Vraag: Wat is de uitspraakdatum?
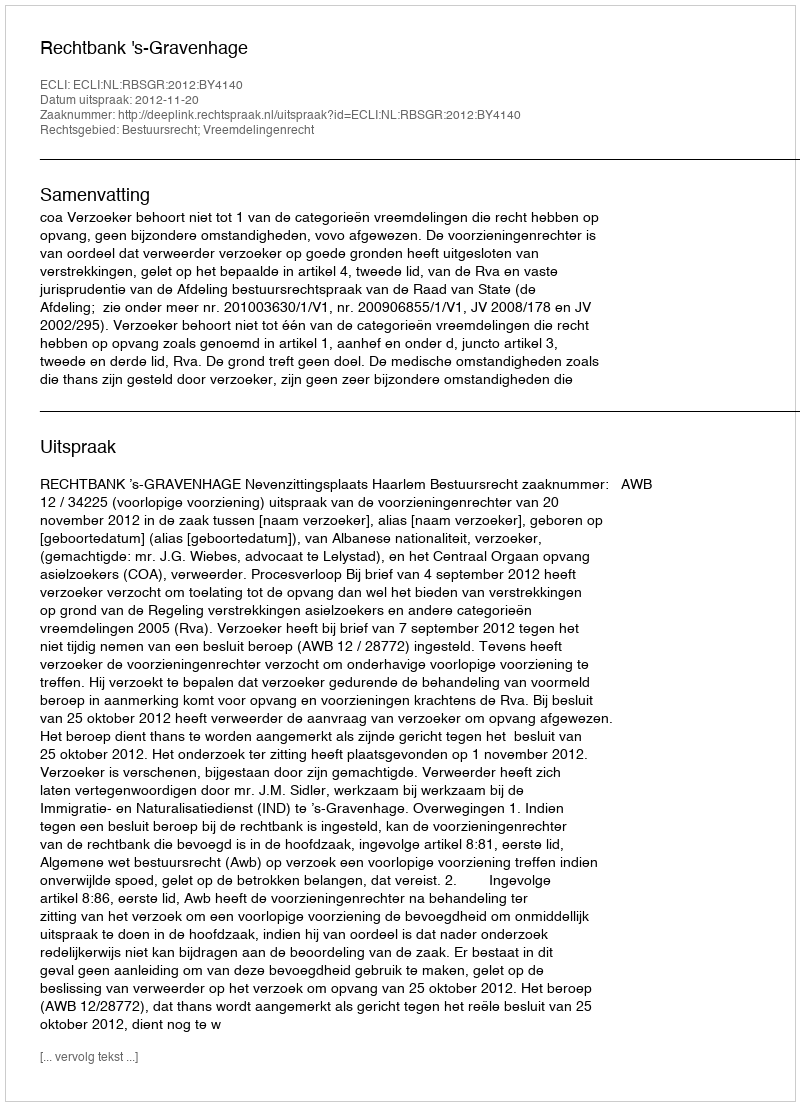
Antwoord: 2012-11-20